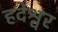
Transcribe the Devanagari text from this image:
हदेश्वर